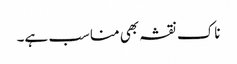
ناک نقشہ بھی مناسب ہے۔